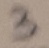
Text: 3